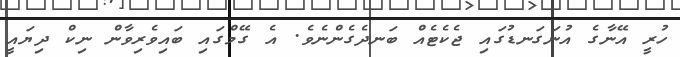
ހުރީ އޭނާގެ އުނަގަނޑުގައި ޖެކެޓެއް ބަނދެގެންނެވެ. އެ ގޭމްގައި ބައިވެރިވާން ނިކް ދިޔައީ